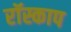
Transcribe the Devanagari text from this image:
रॉस्काप